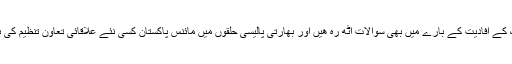
بھارت میں سارک کے افادیت کے بارے میں بھی سوالات اٹھ رہ ھیں اور بھارتی پالیسی حلقوں میں مائنس پاکستان کسی نئے علاقائی تعاون تنظیم کی باتیں ھو رہی ہے ۔